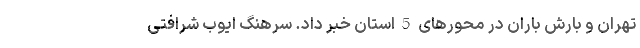
تهران و بارش باران در محورهای 5 استان خبر داد. سرهنگ ایوب شرافتی